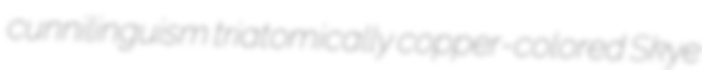
cunnilinguism triatomically copper-colored Skye